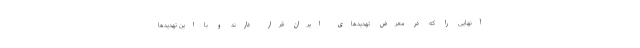
آنهایی را که در معرض تهدید‌های ایران قرار دارند و با این تهدید‌ها